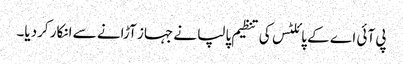
پی آئی اے کے پائلٹس کی تنظیم پالپا نے جہاز آڑانے سے انکار کردیا۔